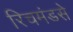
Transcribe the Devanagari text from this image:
रिचमंडसे